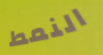
النمط